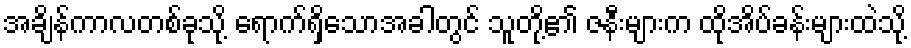
အချိန်ကာလတစ်ခုသို့ ရောက်ရှိသောအခါတွင် သူတို့၏ ဇနီးများက ထိုအိပ်ခန်းများထဲသို့